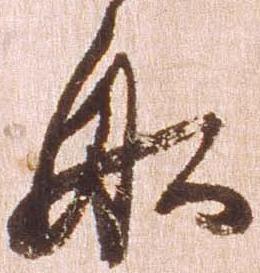
船